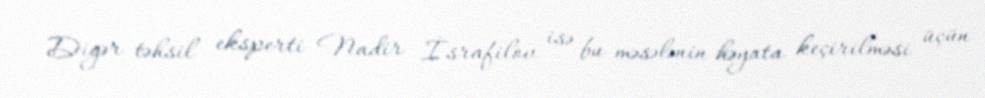
Digər təhsil eksperti Nadir İsrafilov isə bu məsələnin həyata keçirilməsi üçün